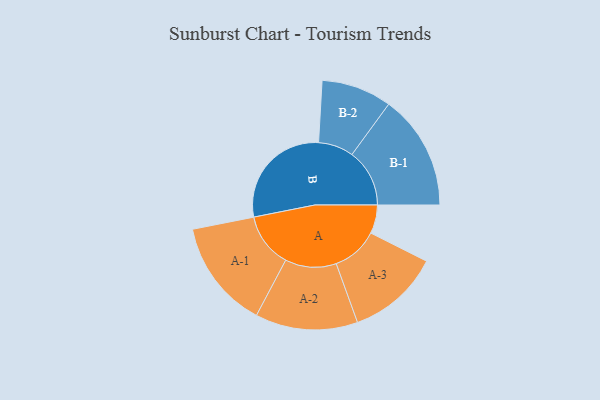
{"axis": {"x": "Segment", "y": "Value"}, "legend": ["", "A", "B"], "data": [{"x": "A", "y": 125, "type": ""}, {"x": "B", "y": 489, "type": ""}, {"x": "A-1", "y": 238, "type": "A"}, {"x": "A-2", "y": 224, "type": "A"}, {"x": "A-3", "y": 203, "type": "A"}, {"x": "B-1", "y": 252, "type": "B"}, {"x": "B-2", "y": 154, "type": "B"}]}